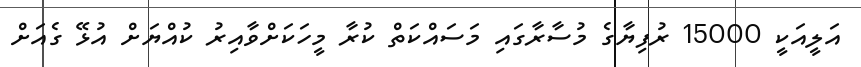
އަލީއަކީ 15000 ރުފިޔާގެ މުސާރާގައި މަސައްކަތް ކުރާ މީހަކަށްވާއިރު ކުއްޔަށް އުޅޭ ގެއަށް